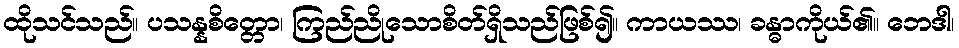
ထိုသင်သည်။ ပသန္နစိတ္တော၊ ကြည်ညိုသောစိတ်ရှိသည်ဖြစ်၍။ ကာယဿ၊ ခန္ဓာကိုယ်၏။ ဘေဒါ၊